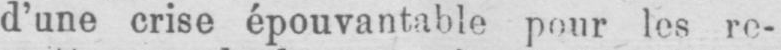
d’une crise épouvantable pour les re-